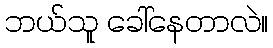
ဘယ်သူ ခေါ်နေတာလဲ။